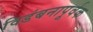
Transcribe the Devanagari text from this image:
विडंबनापूर्वक